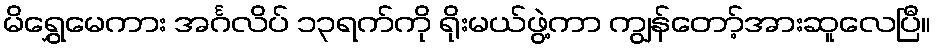
မိရွှေမေကား အင်္ဂလိပ် ၁၃ရက်ကို ရိုးမယ်ဖွဲ့ကာ ကျွန်တော့်အားဆူလေပြီ။